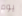
يوم